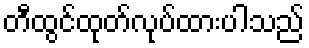
တီထွင်ထုတ်လုပ်ထားပါသည်